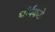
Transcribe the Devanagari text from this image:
थॉर्पकडे